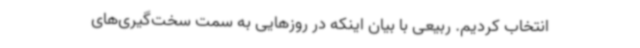
انتخاب کردیم. ربیعی با بیان اینکه در روزهایی به سمت سخت‌گیری‌های